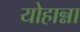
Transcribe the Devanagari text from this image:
योहान्ना